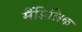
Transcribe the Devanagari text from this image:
मैंडिलिक